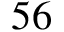
5 6